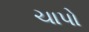
ચાપો